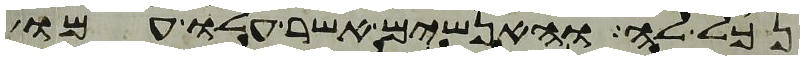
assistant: נכל לה והאנשים אשר עלו עמו